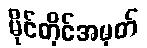
မိုင်တိုင်အမှတ်